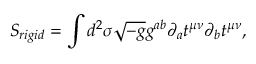
S _ { r i g i d } = \int d ^ { 2 } \sigma \sqrt { - g } g ^ { a b } \partial _ { a } t ^ { \mu \nu } \partial _ { b } t ^ { \mu \nu } ,